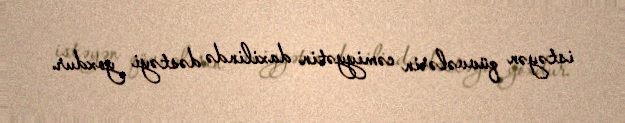
istəyən qüvvələrin cəmiyyətin daxilində dəstəyi yoxdur.